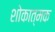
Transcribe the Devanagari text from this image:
शोकात्मक